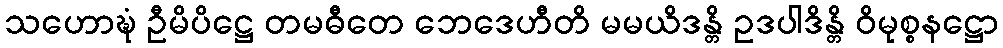
သဟောဍ္ဎံ ဦမိပိဋ္ဌေ တမဓီတေ ဘေဒေဟီတိ မမယိဒန္တိ ဥဒပါဒိန္တိ ဝိမုစ္စနဋ္ဌော